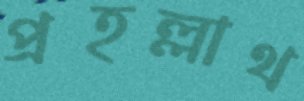
প্রহল্লাথ